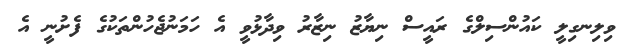
ވިލިނގިލީ ކައުންސިލްގެ ރައީސް ނިޔާޒު ނިޒާރު ވިދާޅުވީ އެ ހަމަނުޖެހުންތަކުގެ ފެށުނީ އެ